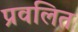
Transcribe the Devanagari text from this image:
प्रवलित